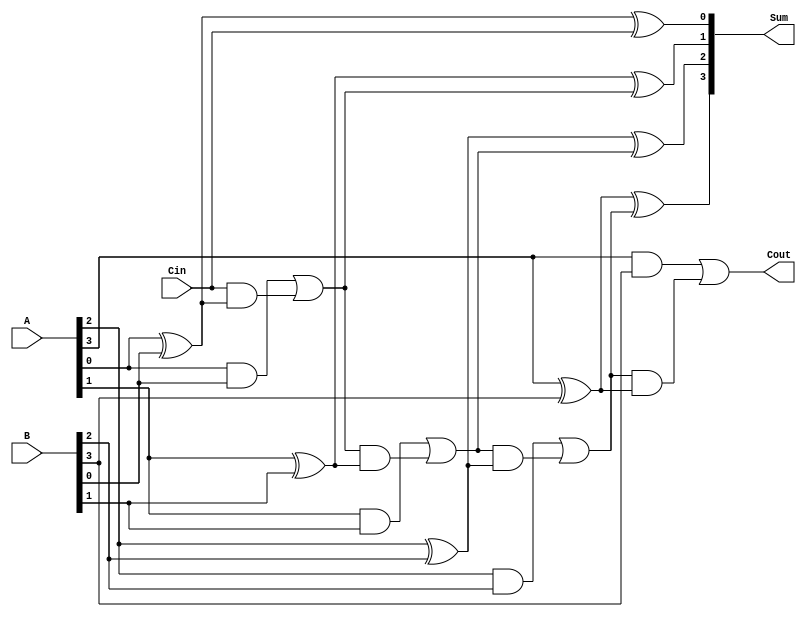
module ParallelFullAdder #(parameter N = 4) (
    input  wire [N-1:0] A,        // First operand
    input  wire [N-1:0] B,        // Second operand
    input  wire Cin,               // Carry input for the least significant bit
    output wire [N-1:0] Sum,       // Sum output
    output wire Cout               // Carry output for the most significant bit
);

    wire [N:0] C; // Carry vector, C[0] is Cin, C[N] is Cout

    assign C[0] = Cin; // Initialize the carry input

    // Generate loop to instantiate full adders for each bit
    genvar i;
    generate
        for (i = 0; i < N; i = i + 1) begin : FullAdder
            // Sum and Carry logic for each bit
            assign Sum[i] = A[i] ^ B[i] ^ C[i]; // Sum bit
            assign C[i + 1] = (A[i] & B[i]) | (C[i] & (A[i] ^ B[i])); // Carry out
        end
    endgenerate

    assign Cout = C[N]; // Final carry output is the last carry bit

endmodule